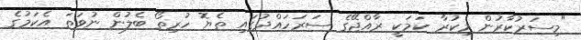
"މިސަރުކާރުން މިކުރާ ކަމަކީ ރާއްޖޭގެ ސަރަހައްދުގައި ތެޔޮ ހުރިތޯ ބެލުން ނުވަތަ އެކަމުގެ